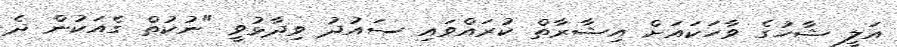
އަލީ ޝާހުގެ ވާހަކައަށް އިޝާރާތް ކުރައްވައި ސައުދު ވިދާޅުވީ "ނުކުތް ގެއަކުން ދެ